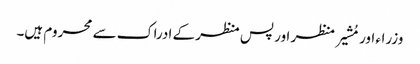
وزراء اور مُشیر منظر اور پس منظر کے ادراک سے محروم ہیں۔